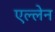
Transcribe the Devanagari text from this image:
एल्लेन